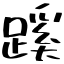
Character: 蹊